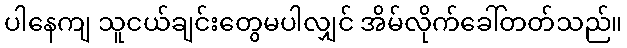
ပါနေကျ သူငယ်ချင်းတွေမပါလျှင် အိမ်လိုက်ခေါ်တတ်သည်။